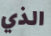
الذي